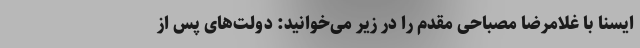
ایسنا با غلامرضا مصباحی مقدم را در زیر می‌خوانید: دولت‌های پس از